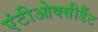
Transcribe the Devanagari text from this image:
एंटीओक्सीडैंट